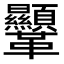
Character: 𩎍